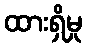
ထားရှိမှု